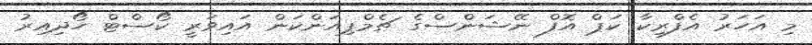
މި އަހަރު އެފްރިކާ ކަޕް އޮފް ނޭޝަންސްގެ ޗެމްޕިއަންކަން އައިވަރީ ކޯސްޓް ހޯދިއިރު